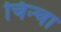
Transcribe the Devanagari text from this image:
चिन्चा